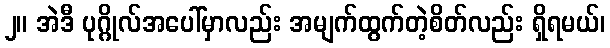
၂။ အဲဒီ ပုဂ္ဂိုလ်အပေါ်မှာလည်း အမျက်ထွက်တဲ့စိတ်လည်း ရှိရမယ်၊